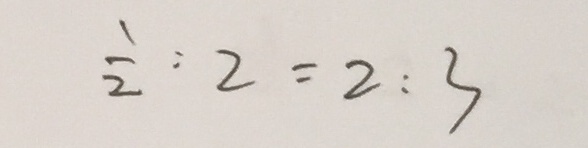
\frac { 1 } { 2 } : 2 = 2 : 3